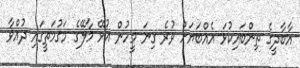
އާބާދީގެ ތިންބައިކުޅަ އެއްބަޔަށް ވުރެ ގިނަ މީހުން އުޅޭ މާލޭގެ މަގުމަތީގައި ދުއްވާ